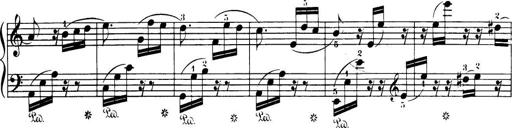
Title: 32 Sonatinas and Rondos for the Piano
Composer: Richard Kleinmichel